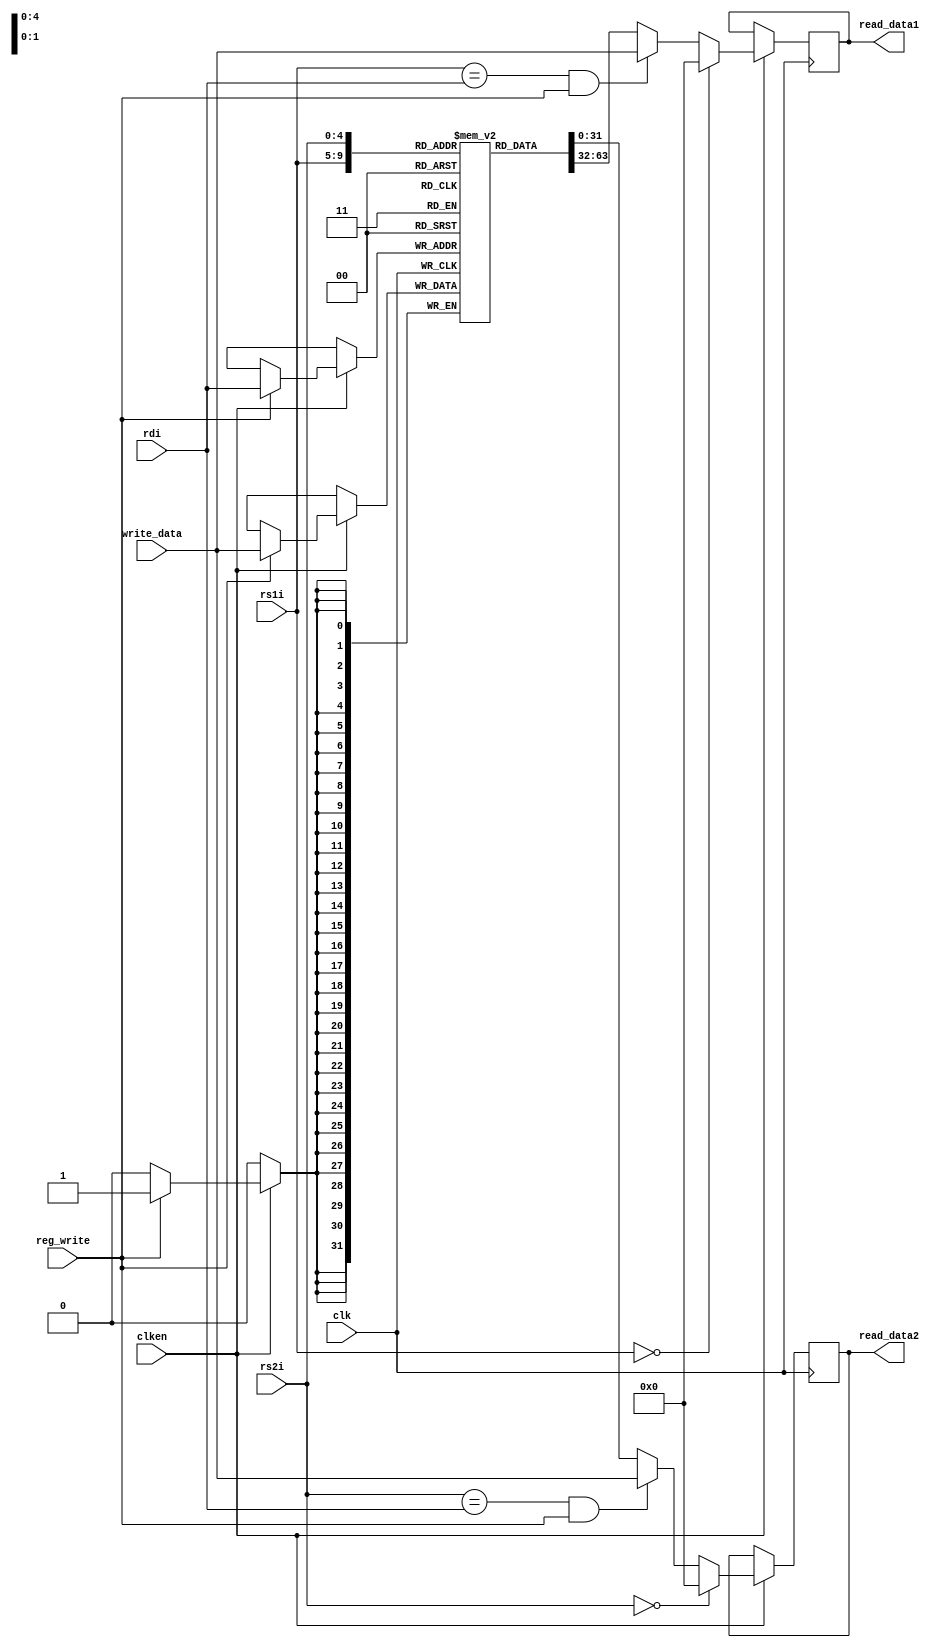
module registers(clken,clk,rs1i,rs2i,rdi,write_data,read_data1,read_data2,reg_write);
    input clken;
    input clk;
    input [4:0] rs1i;
    input [4:0] rs2i;
    input [4:0] rdi;
    input [31:0] write_data;
    input reg_write;
    output reg [31:0] read_data1;
    output reg [31:0] read_data2;

    reg [31:0] regs [0:31];


    always @(posedge clk) begin
        if (clken) begin
            if (rs1i == 5'b0)
                read_data1 <= 32'b0;
            else if ((rs1i == rdi) & (reg_write == 1'b1) )
                read_data1 <= write_data;
            else
                read_data1 <= regs[rs1i];
        
            if (rs2i == 5'b0)
                read_data2 <= 32'b0;
            else if ((rs2i == rdi) & (reg_write == 1'b1) )
                read_data2 <= write_data;
            else
                read_data2 <= regs[rs2i];

            if (reg_write == 1'b1) 
                regs[rdi] <= write_data;
        end
    end
endmodule